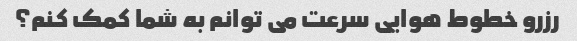
رزرو خطوط هوایی سرعت می توانم به شما کمک کنم؟